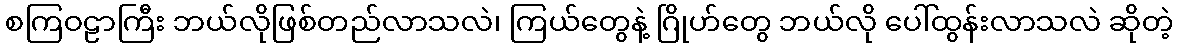
စကြဝဠာကြီး ဘယ်လိုဖြစ်တည်လာသလဲ၊ ကြယ်တွေနဲ့ ဂြိုဟ်တွေ ဘယ်လို ပေါ်ထွန်းလာသလဲ ဆိုတဲ့